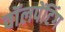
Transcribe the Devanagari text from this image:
वॉलपेंटिंग